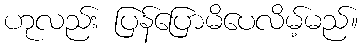
ဟုလည်း ပြန်ပြောမိပေလိမ့်မည်။